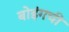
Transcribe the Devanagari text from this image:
बोइंगची